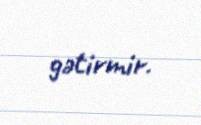
gətirmir.